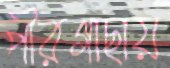
পীরগাছায়